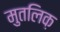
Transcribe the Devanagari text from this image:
मुतलिक़